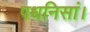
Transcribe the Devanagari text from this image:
पधनिसां।